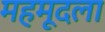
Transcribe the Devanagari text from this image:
महमूदला